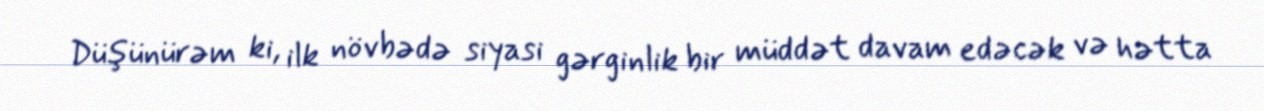
Düşünürəm ki, ilk növbədə siyasi gərginlik bir müddət davam edəcək və hətta